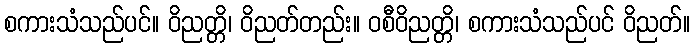
စကားသံသည်ပင်။ ဝိညတ္တိ၊ ဝိညတ်တည်း။ ဝစီဝိညတ္တိ၊ စကားသံသည်ပင် ဝိညတ်။